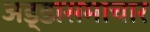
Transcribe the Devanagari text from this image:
अड्डासमाचार